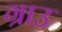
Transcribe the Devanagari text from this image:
ग्राउ